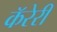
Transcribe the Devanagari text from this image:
कॅरेरी